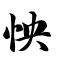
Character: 怏